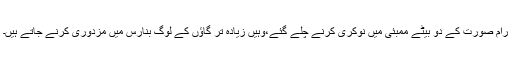
رام صورت کے دو بیٹے ممبئی میں نوکری کرنے چلے گئے،وہیں زیادہ تر گاؤں کے لوگ بنارس میں مزدوری کرنے جاتے ہیں۔